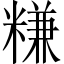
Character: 𥻧